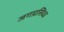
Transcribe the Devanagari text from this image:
जगप्रसिध्ध